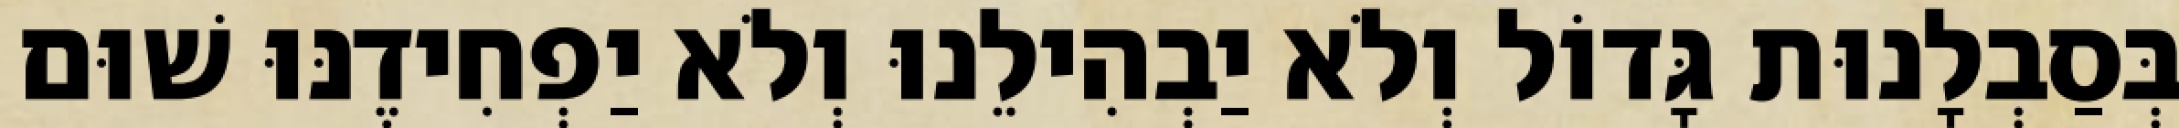
בְּסַבְלָנוּת גָּדוֹל וְלֹא יַבְהִילֵנוּ וְלֹא יַפְחִידֶנּוּ שׁוּם